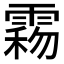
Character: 𩃻